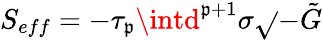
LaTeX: S_{eff}=-\tau_{\mathfrak{p}}\intd^{\mathfrak{p}+1}\sigma\sqrt{}{{-\tilde{{G}}}}